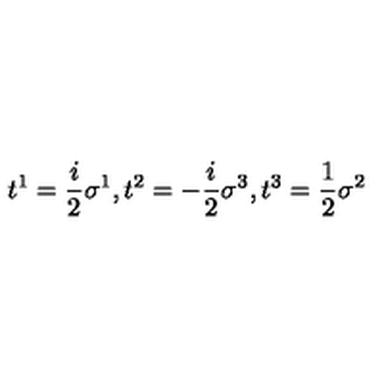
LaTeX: t ^ { 1 } = \frac { i } { 2 } \sigma ^ { 1 } , t ^ { 2 } = - \frac { i } { 2 } \sigma ^ { 3 } , t ^ { 3 } = \frac { 1 } { 2 } \sigma ^ { 2 }